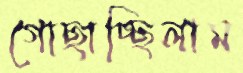
গোছাচ্ছিলাম